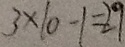
3 \times 1 0 - 1 = 2 9